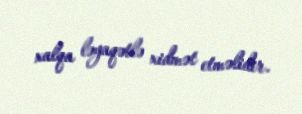
xalqa ləyaqətlə xidmət etməlidir.